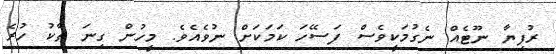
ރުފިޔާ ނޫޓެއް ނެގުމަކީވެސް ފަސޭހަ ކަމަކަށް ނުވެއެވެ. މީހުން ގިނަ ތާކު ހުރެ